Bréfritari: Ólafur Hjálmarsson
Viðtakandi: Jón Borgfirðingur
Dagsetning: A-1862-09-26
Skrifað á: Skatastöðum  Skag.

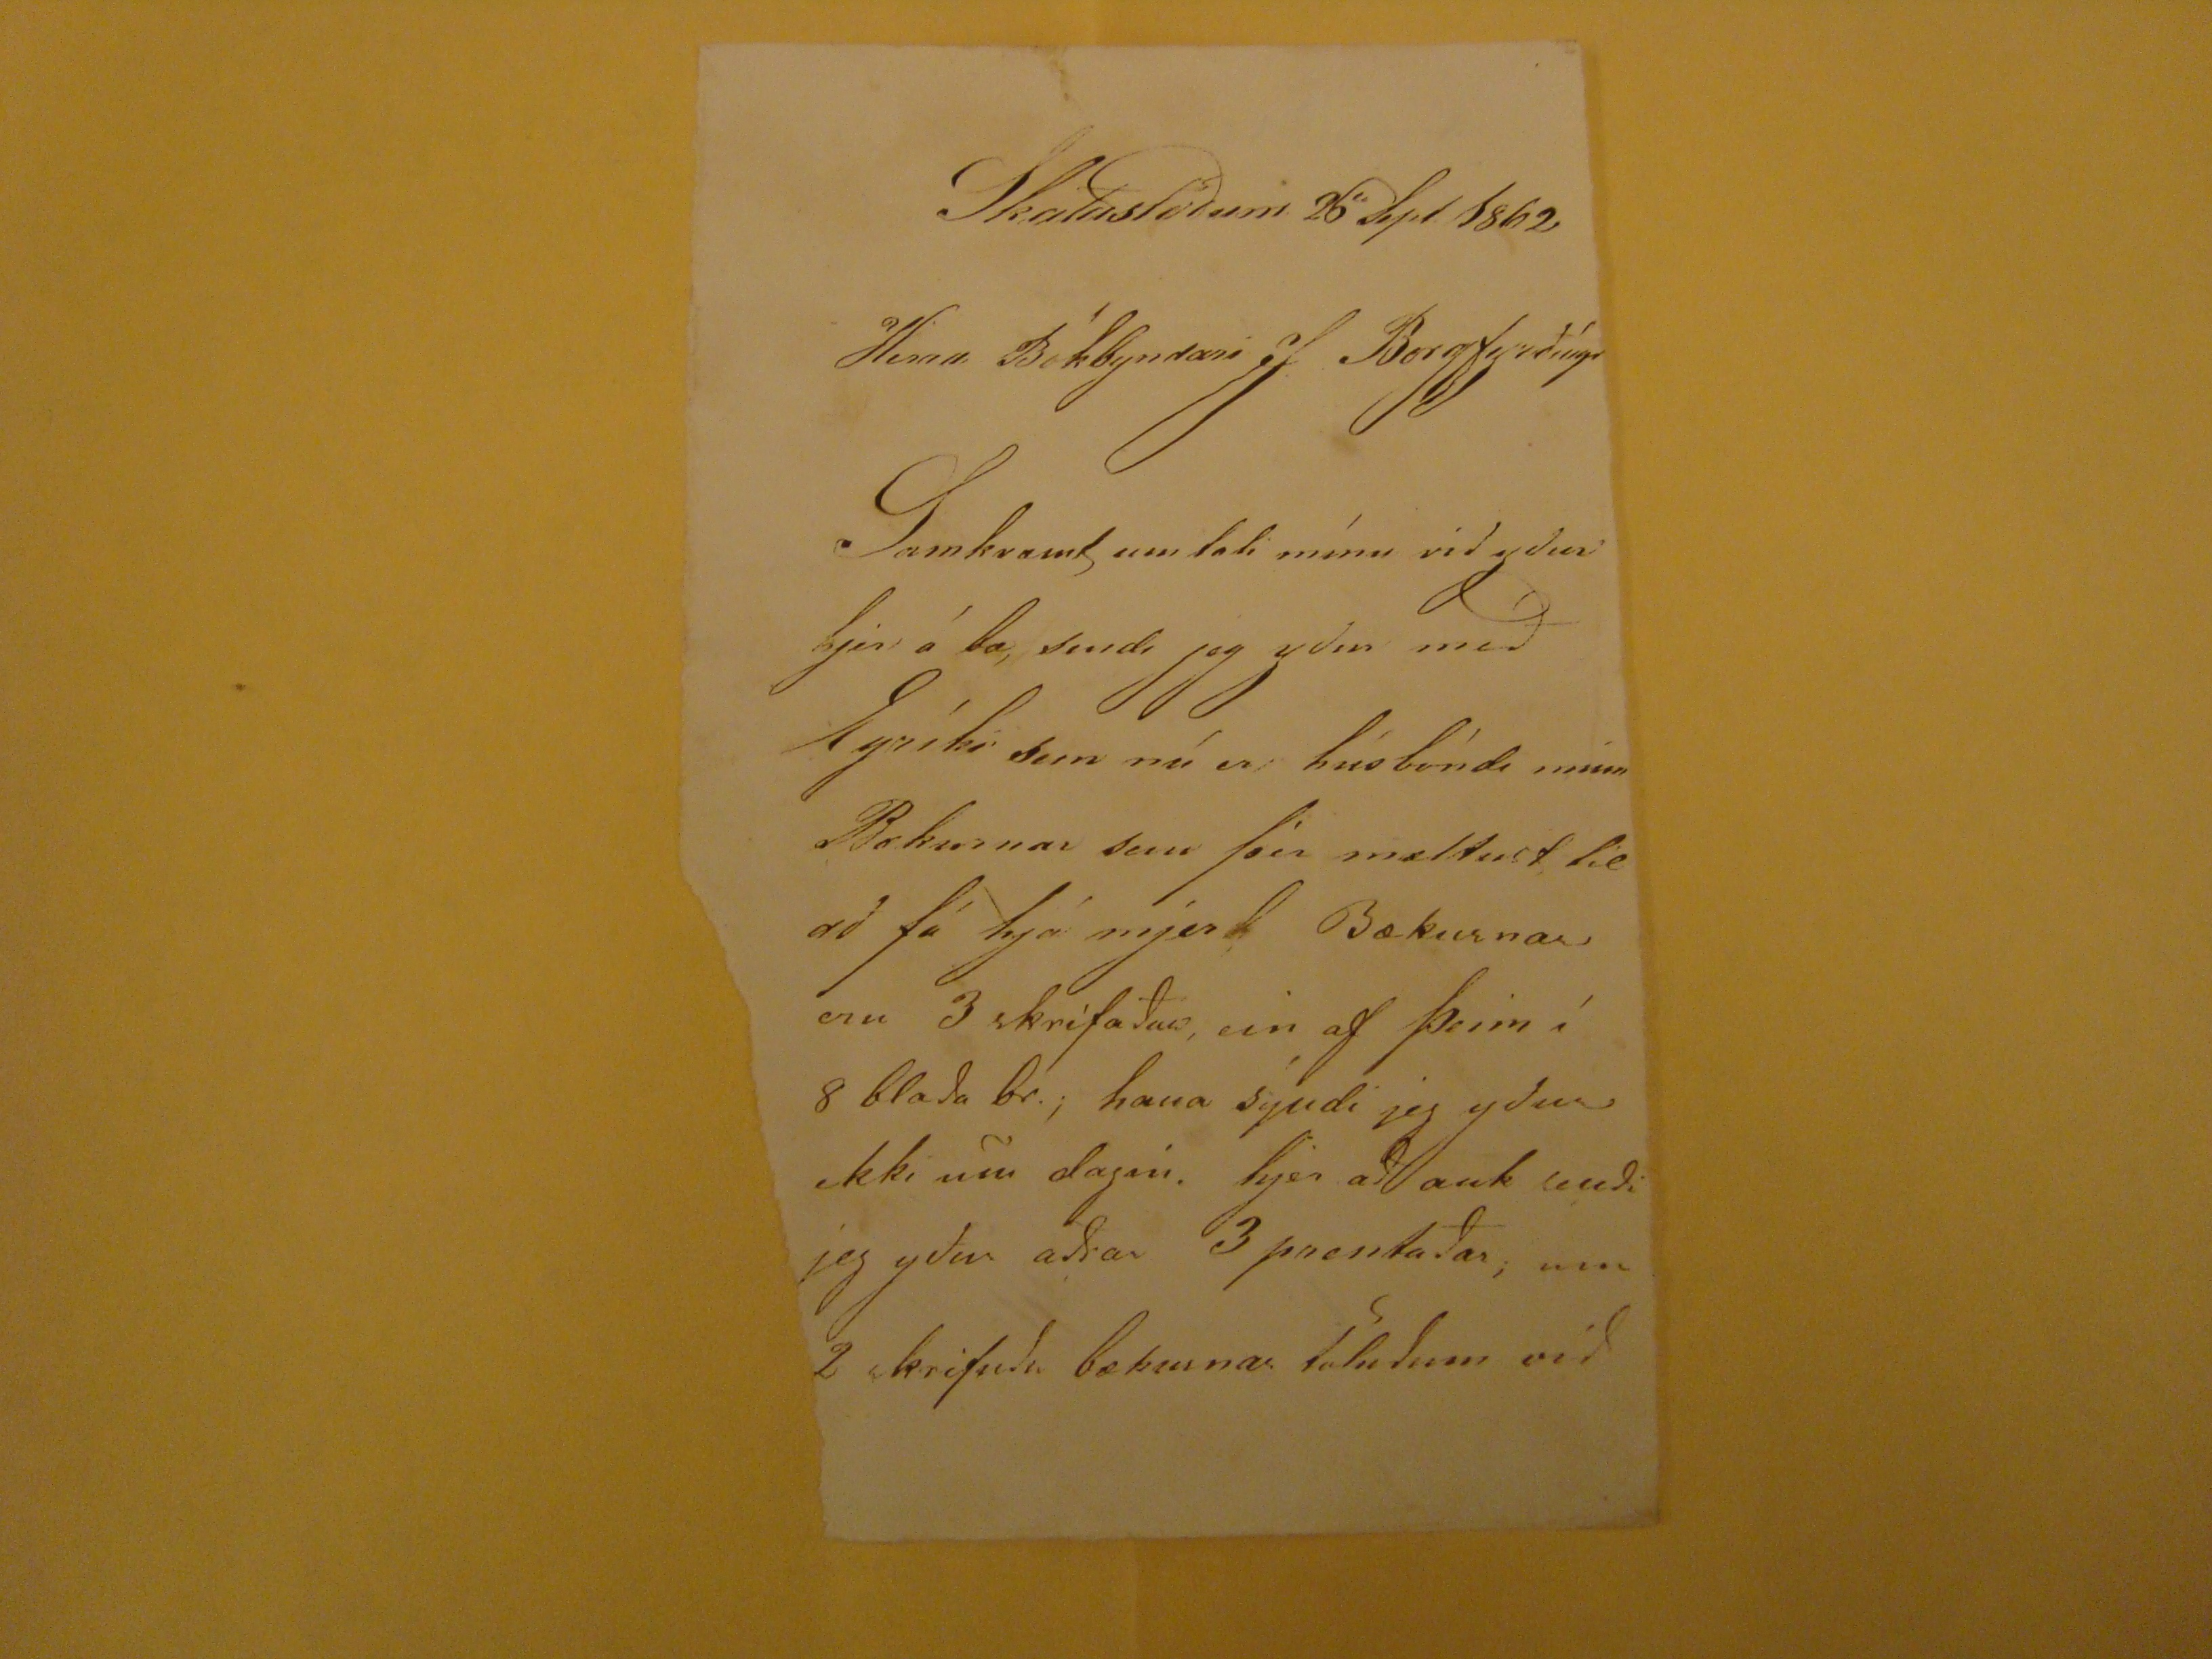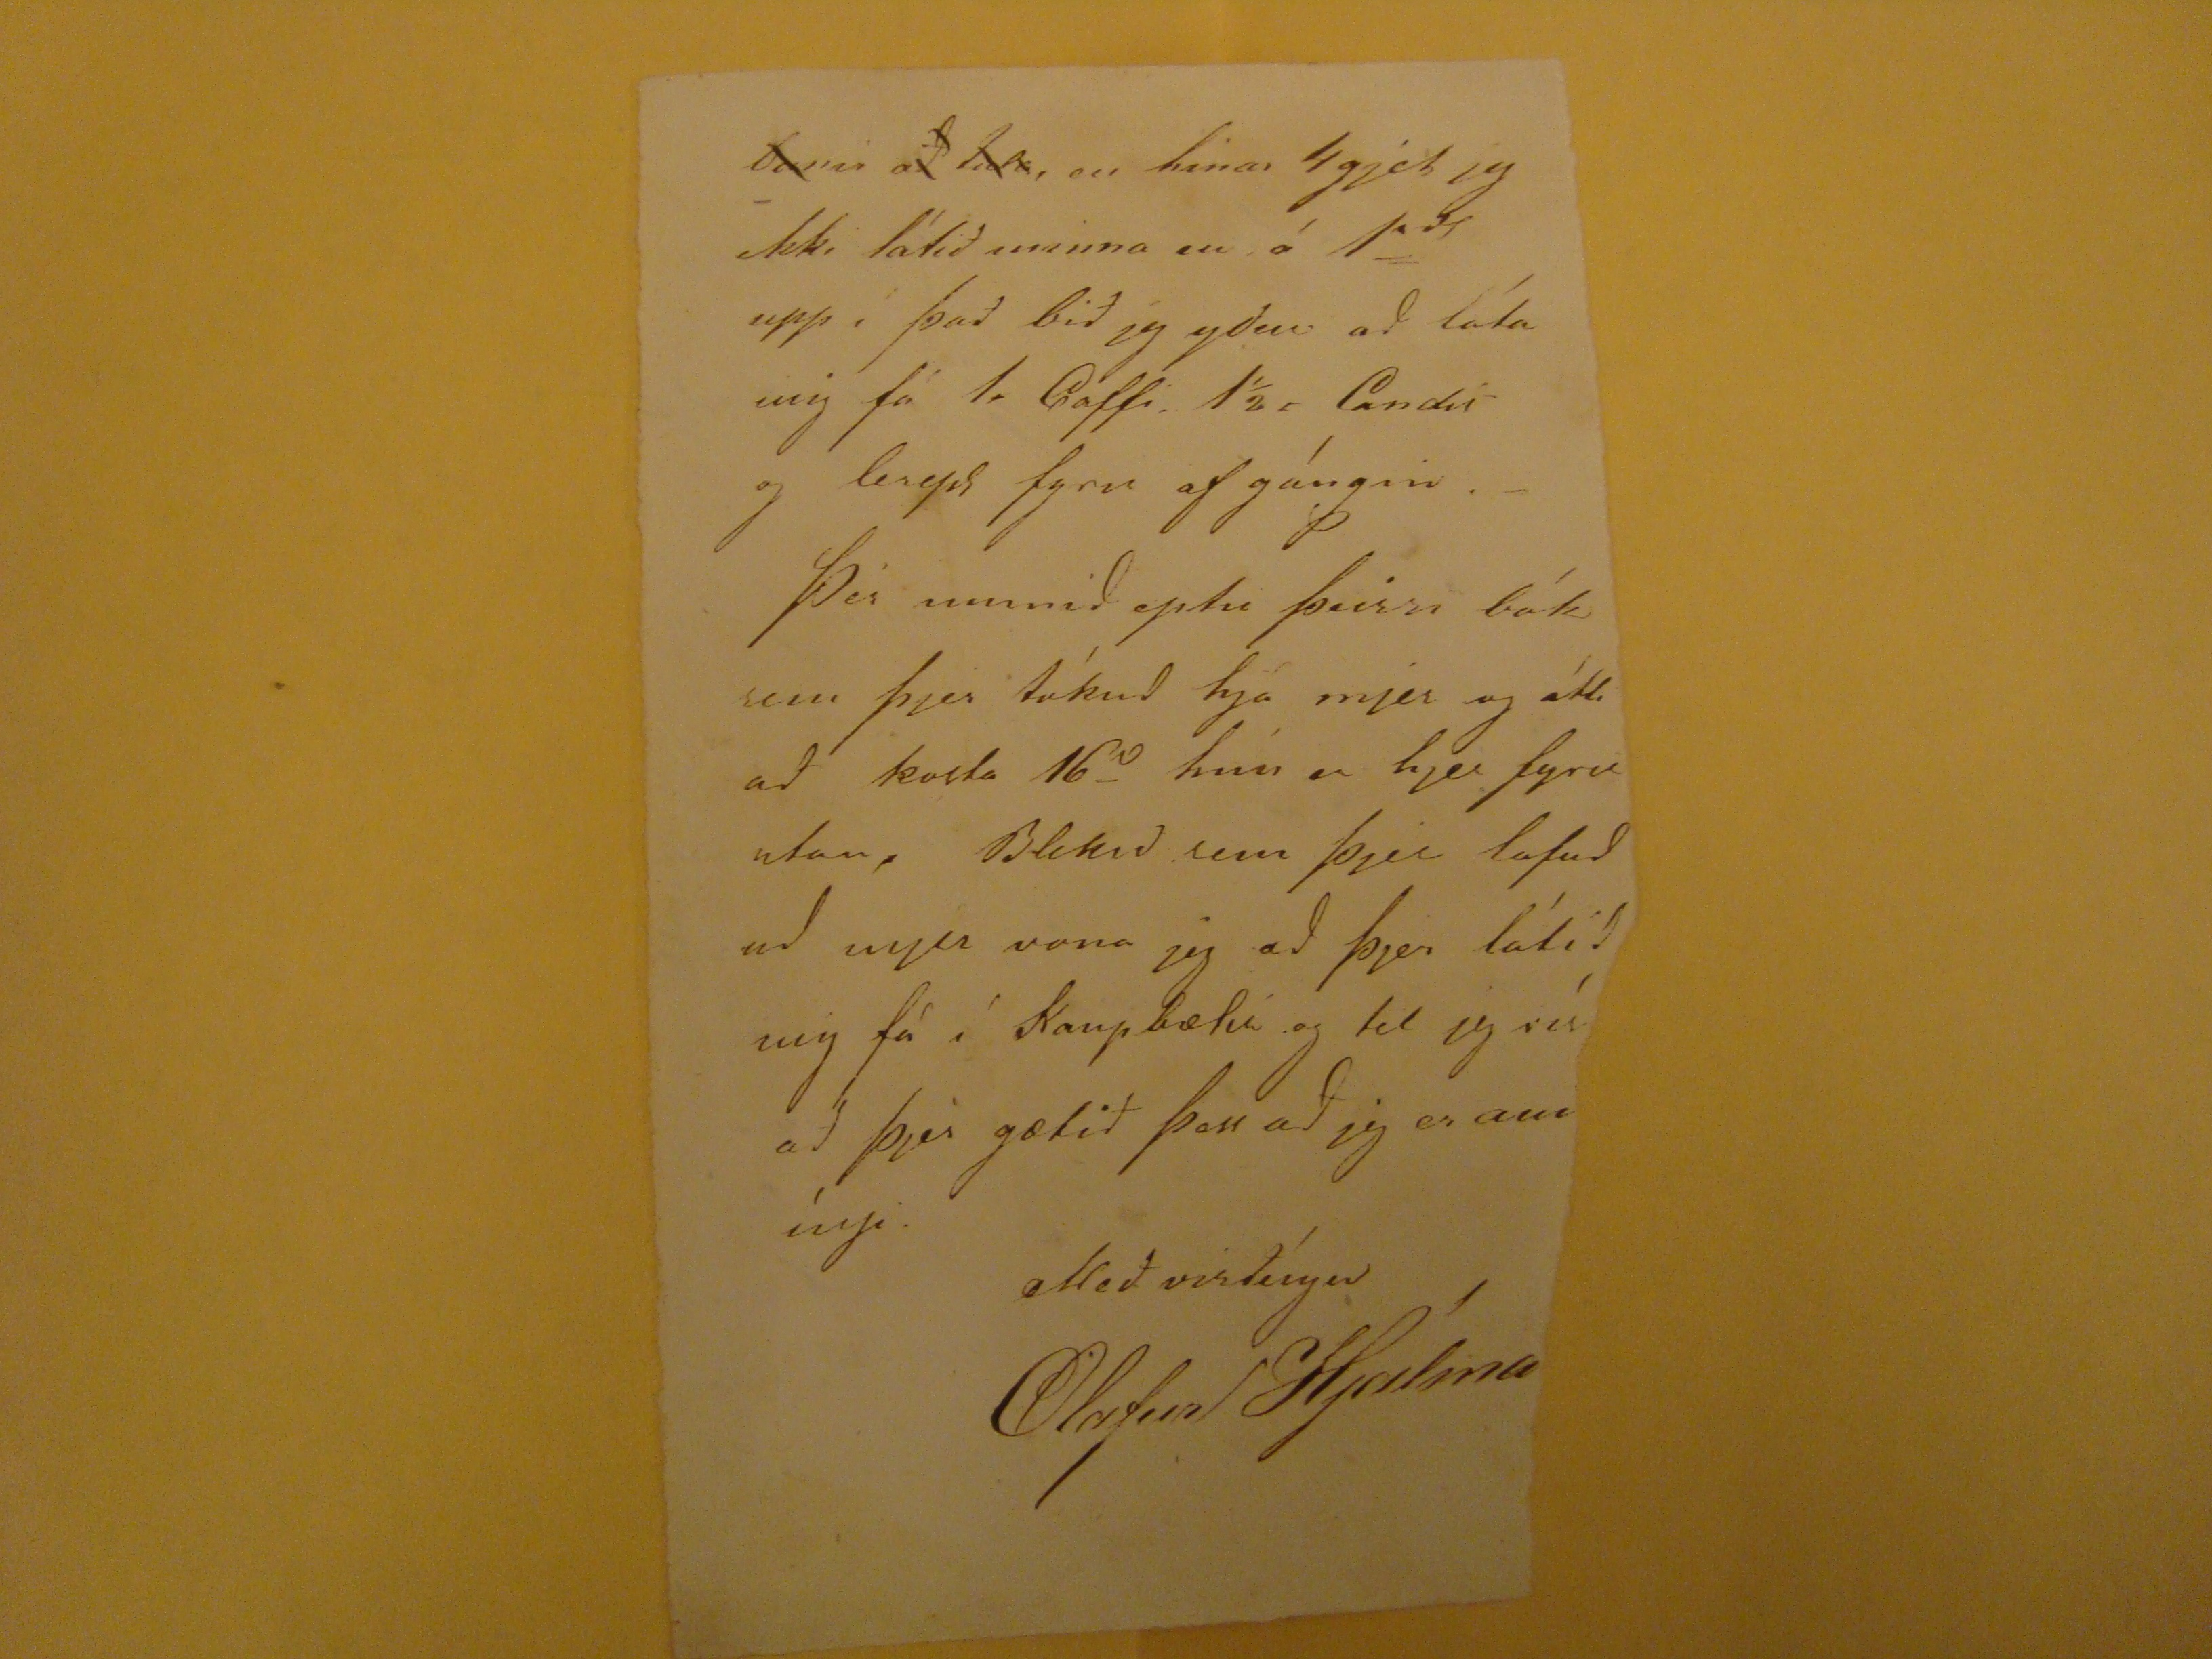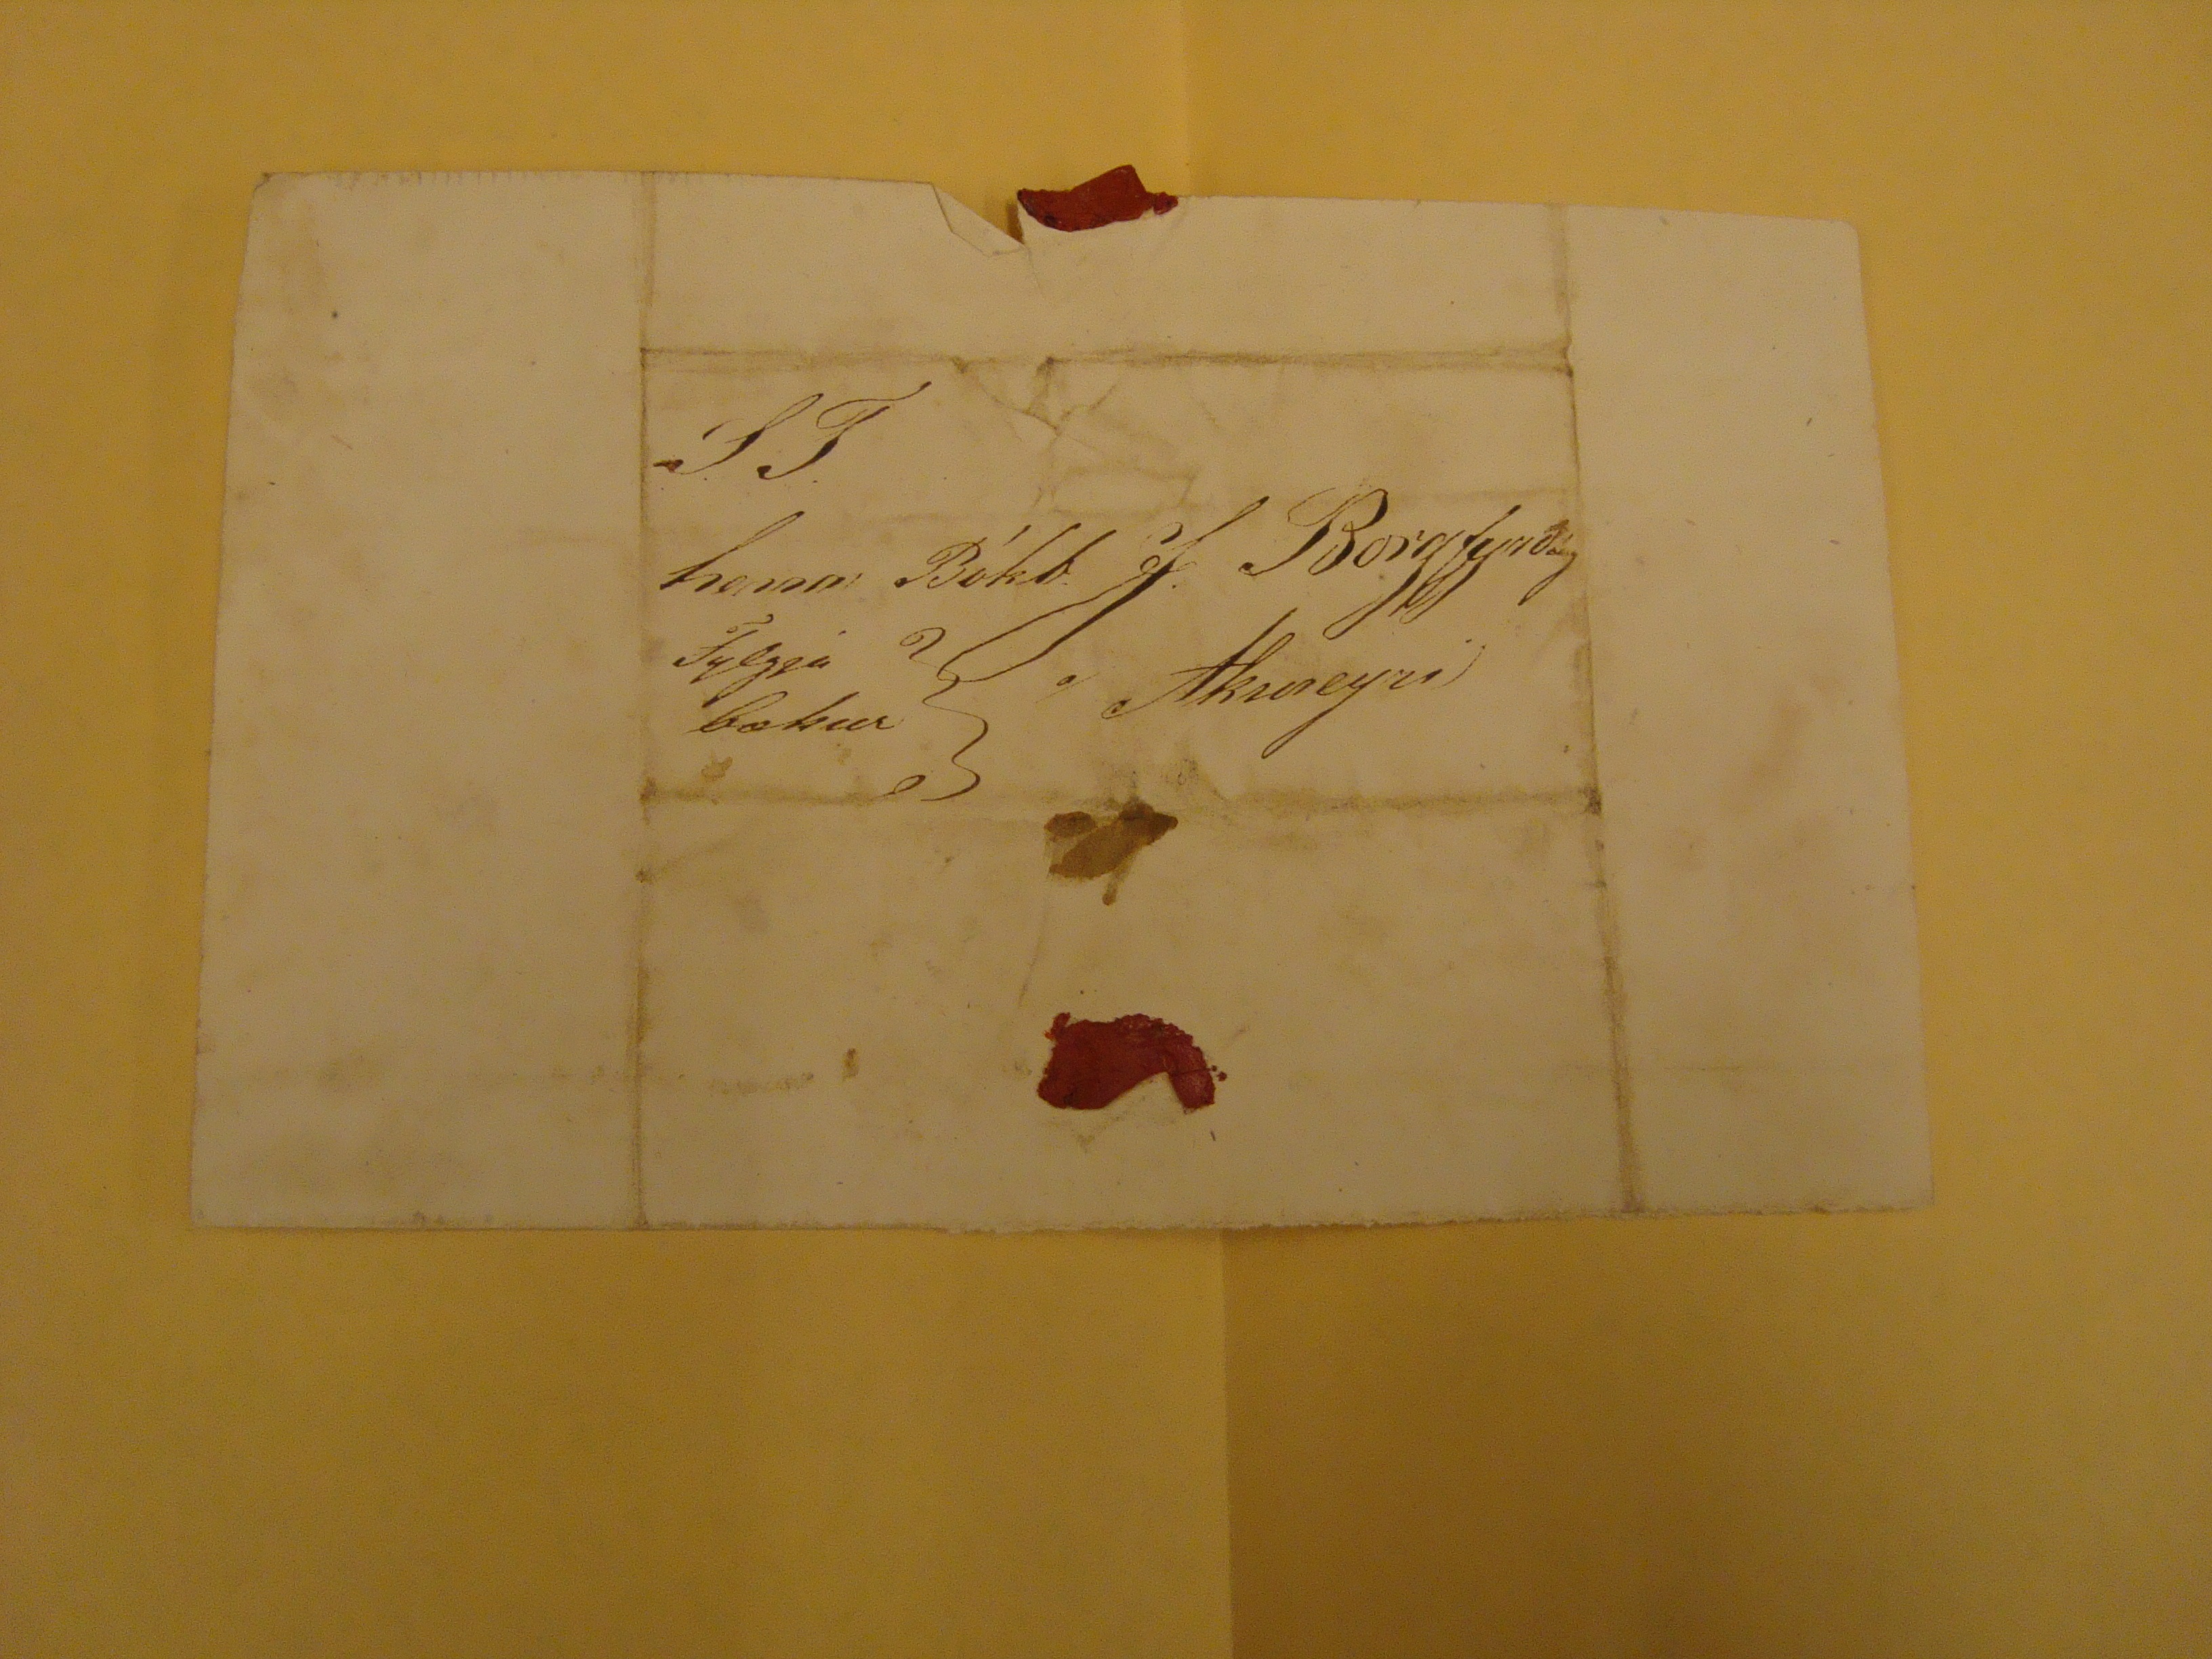

Skatastödum 26 Sept 1862
Herra Bókbyndari J Borgfyrðíngur
Samkvæmt um lofi mínu vid ydur hjer á bæ, sendi jeg ydur með Eyríki sem nú er húsbóndi minn Bækurnar sem
þín
mæltust
he
að fá hjá mjer l Bækurnar eru 3 skrifaðar, ein af þeim í 8 blada br. hana sýndi jeg yður ekki um dagin. hjer að auk sendi jeg yður aðrar 3 prentaðar, um 2 skrifudu bækurnar töludum við
banni að lata, en hinar 4gjet jg ekki látið
uminna
en á 1rd upp í það bið jg ydur að láta mig fá 1, Gaffi, 11/2, Candis og
legis
fyrir af gángin.- Þér munið eptir þeirri bók sem þjer tókud hjá mjer og átti að kosta 16s hún er hjer fyrir utan, Blekid sem þjer lofudud mjer vona jeg ad þjer látid mig fá í Kaupbætin og tel jeg rét að þjer gætið þess að jeg er aumíngi.
alteð visðíngu
Olafur Hjálma
S.T.
herra Bókb. J. Borgfyrðing
a/ Akureyri
Fylgja bækur